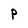
Character: P